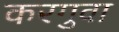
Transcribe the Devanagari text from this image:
करगुवा